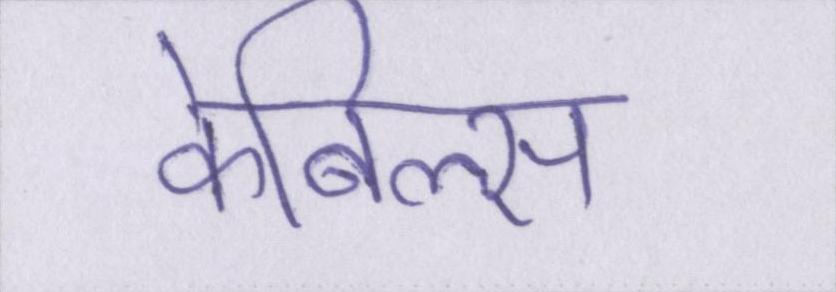
केबिल्स